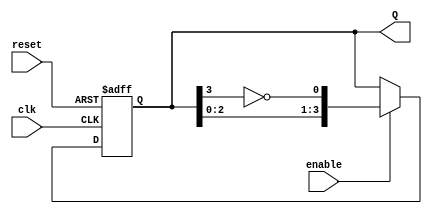
module johnson_counter #(
    parameter n = 4  // Number of flip-flops
) (
    input wire clk,        // Clock signal
    input wire reset,      // Reset signal
    input wire enable,     // Enable signal
    output reg [n-1:0] Q   // Output state
);

// Sequential logic for Johnson counter
always @(posedge clk or posedge reset) begin
    if (reset) begin
        // Reset all flip-flops to 0
        Q <= 0;
    end else if (enable) begin
        // Shift the states and feedback the inverted output of the last flip-flop
        Q <= {Q[n-2:0], ~Q[n-1]};
    end
end

endmodule